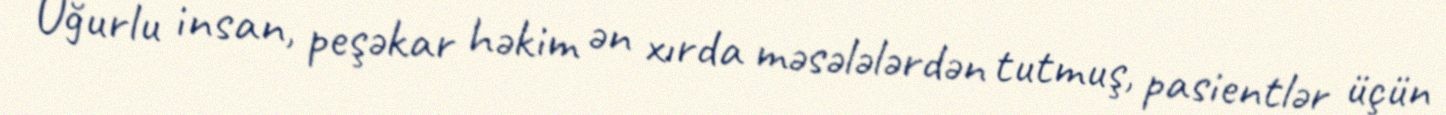
Uğurlu insan, peşəkar həkim ən xırda məsələlərdən tutmuş, pasientlər üçün